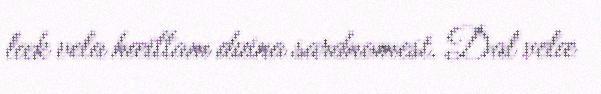
læk vela hæittam duina sardnomest. Dal velæ